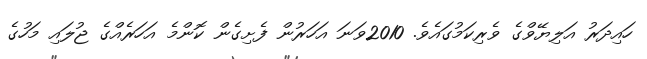
ހައިދަރު އަލިޔޭވްގެ ވެރިކަމުގައެވެ. 2010ވަނަ އަހަރުން ފެށިގެން ކޮންމެ އަހަރެއްގެ ޖުލައި މަހުގެ